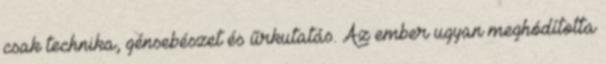
csak technika, génsebészet és űrkutatás. Az ember ugyan meghódította